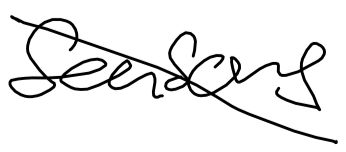
Text: seasons
Cross-out: diagonal
Writing tool: digital_black